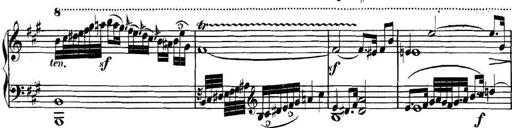
Title: Collected Piano Sonatas
Composer: Muzio Clementi